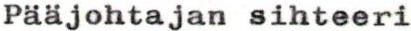
Pääjohtajan sihteeri